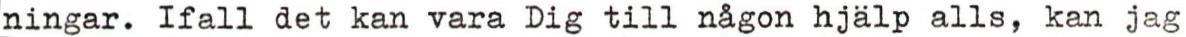
ningar. Ifall det kan vara Dig till någon hjälp alls, kan jag